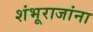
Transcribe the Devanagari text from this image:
शंभूराजांना